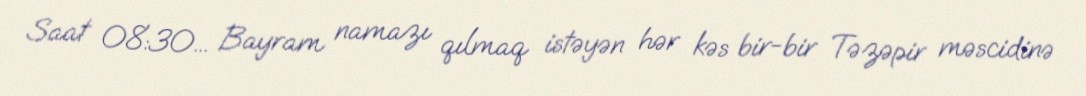
Saat 08:30... Bayram namazı qılmaq istəyən hər kəs bir-bir Təzəpir məscidinə